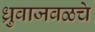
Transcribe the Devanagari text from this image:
ध्रुवाजवळचे